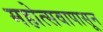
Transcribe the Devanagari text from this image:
महोत्सवापासून